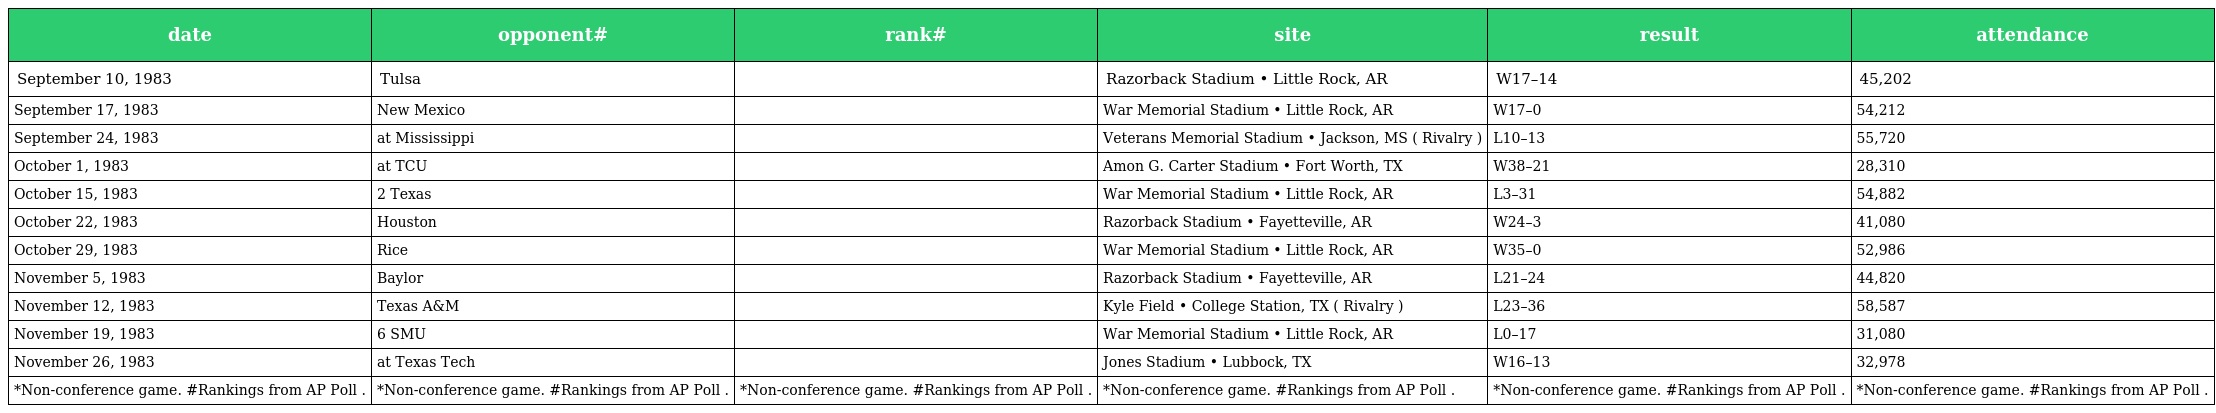
| date | opponent# | rank# | site | result | attendance |
 | --- | --- | --- | --- | --- | --- |
 | September 10, 1983 | Tulsa |  | Razorback Stadium • Little Rock, AR | W17–14 | 45,202 |
 | September 17, 1983 | New Mexico |  | War Memorial Stadium • Little Rock, AR | W17–0 | 54,212 |
 | September 24, 1983 | at Mississippi |  | Veterans Memorial Stadium • Jackson, MS ( Rivalry ) | L10–13 | 55,720 |
 | October 1, 1983 | at TCU |  | Amon G. Carter Stadium • Fort Worth, TX | W38–21 | 28,310 |
 | October 15, 1983 | 2 Texas |  | War Memorial Stadium • Little Rock, AR | L3–31 | 54,882 |
 | October 22, 1983 | Houston |  | Razorback Stadium • Fayetteville, AR | W24–3 | 41,080 |
 | October 29, 1983 | Rice |  | War Memorial Stadium • Little Rock, AR | W35–0 | 52,986 |
 | November 5, 1983 | Baylor |  | Razorback Stadium • Fayetteville, AR | L21–24 | 44,820 |
 | November 12, 1983 | Texas A&M |  | Kyle Field • College Station, TX ( Rivalry ) | L23–36 | 58,587 |
 | November 19, 1983 | 6 SMU |  | War Memorial Stadium • Little Rock, AR | L0–17 | 31,080 |
 | November 26, 1983 | at Texas Tech |  | Jones Stadium • Lubbock, TX | W16–13 | 32,978 |
 | *Non-conference game. #Rankings from AP Poll . | *Non-conference game. #Rankings from AP Poll . | *Non-conference game. #Rankings from AP Poll . | *Non-conference game. #Rankings from AP Poll . | *Non-conference game. #Rankings from AP Poll . | *Non-conference game. #Rankings from AP Poll . |